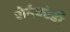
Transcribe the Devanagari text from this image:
शेनेक्टेडी